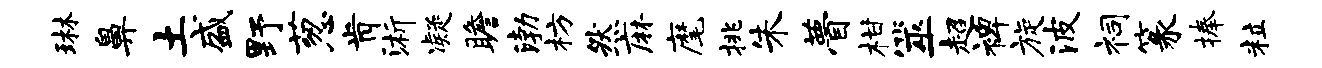
琳鼻土盛野葱肯浙凝瞻渤枋然麻麾挑朱瞢柑筮超裨旋波祠篆捧粒